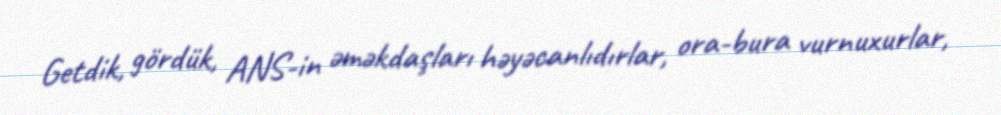
Getdik, gördük, ANS-in əməkdaşları həyəcanlıdırlar, ora-bura vurnuxurlar,